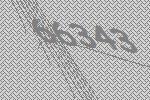
66343